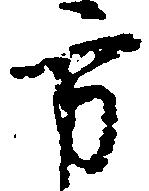
方